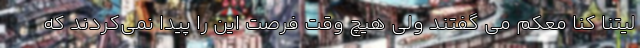
لیتنا کنا معکم می گفتند ولی هیچ وقت فرصت این را پیدا نمی‌کردند که